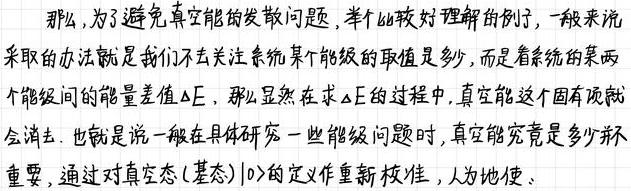
那么，为了避免真空能的发散问题，举个比较好理解的例子，一般来说采取的办法就是我们不去关注系统某个能级的取值是多少，而是看系统的某两个能级间的能量差值$\Delta E$，那么显然在求$\Delta E$的过程中，真空能这个固有项就会消去.也就是说一般在具体研究一些能级问题时，真空能究竟是多少并不重要，通过对真空态（基态）$|0\rangle$的定义作重新校准，人为地。